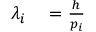
\begin{array} { r l } { \lambda _ { i } } & { { } = \frac { h } { p _ { i } } } \end{array}